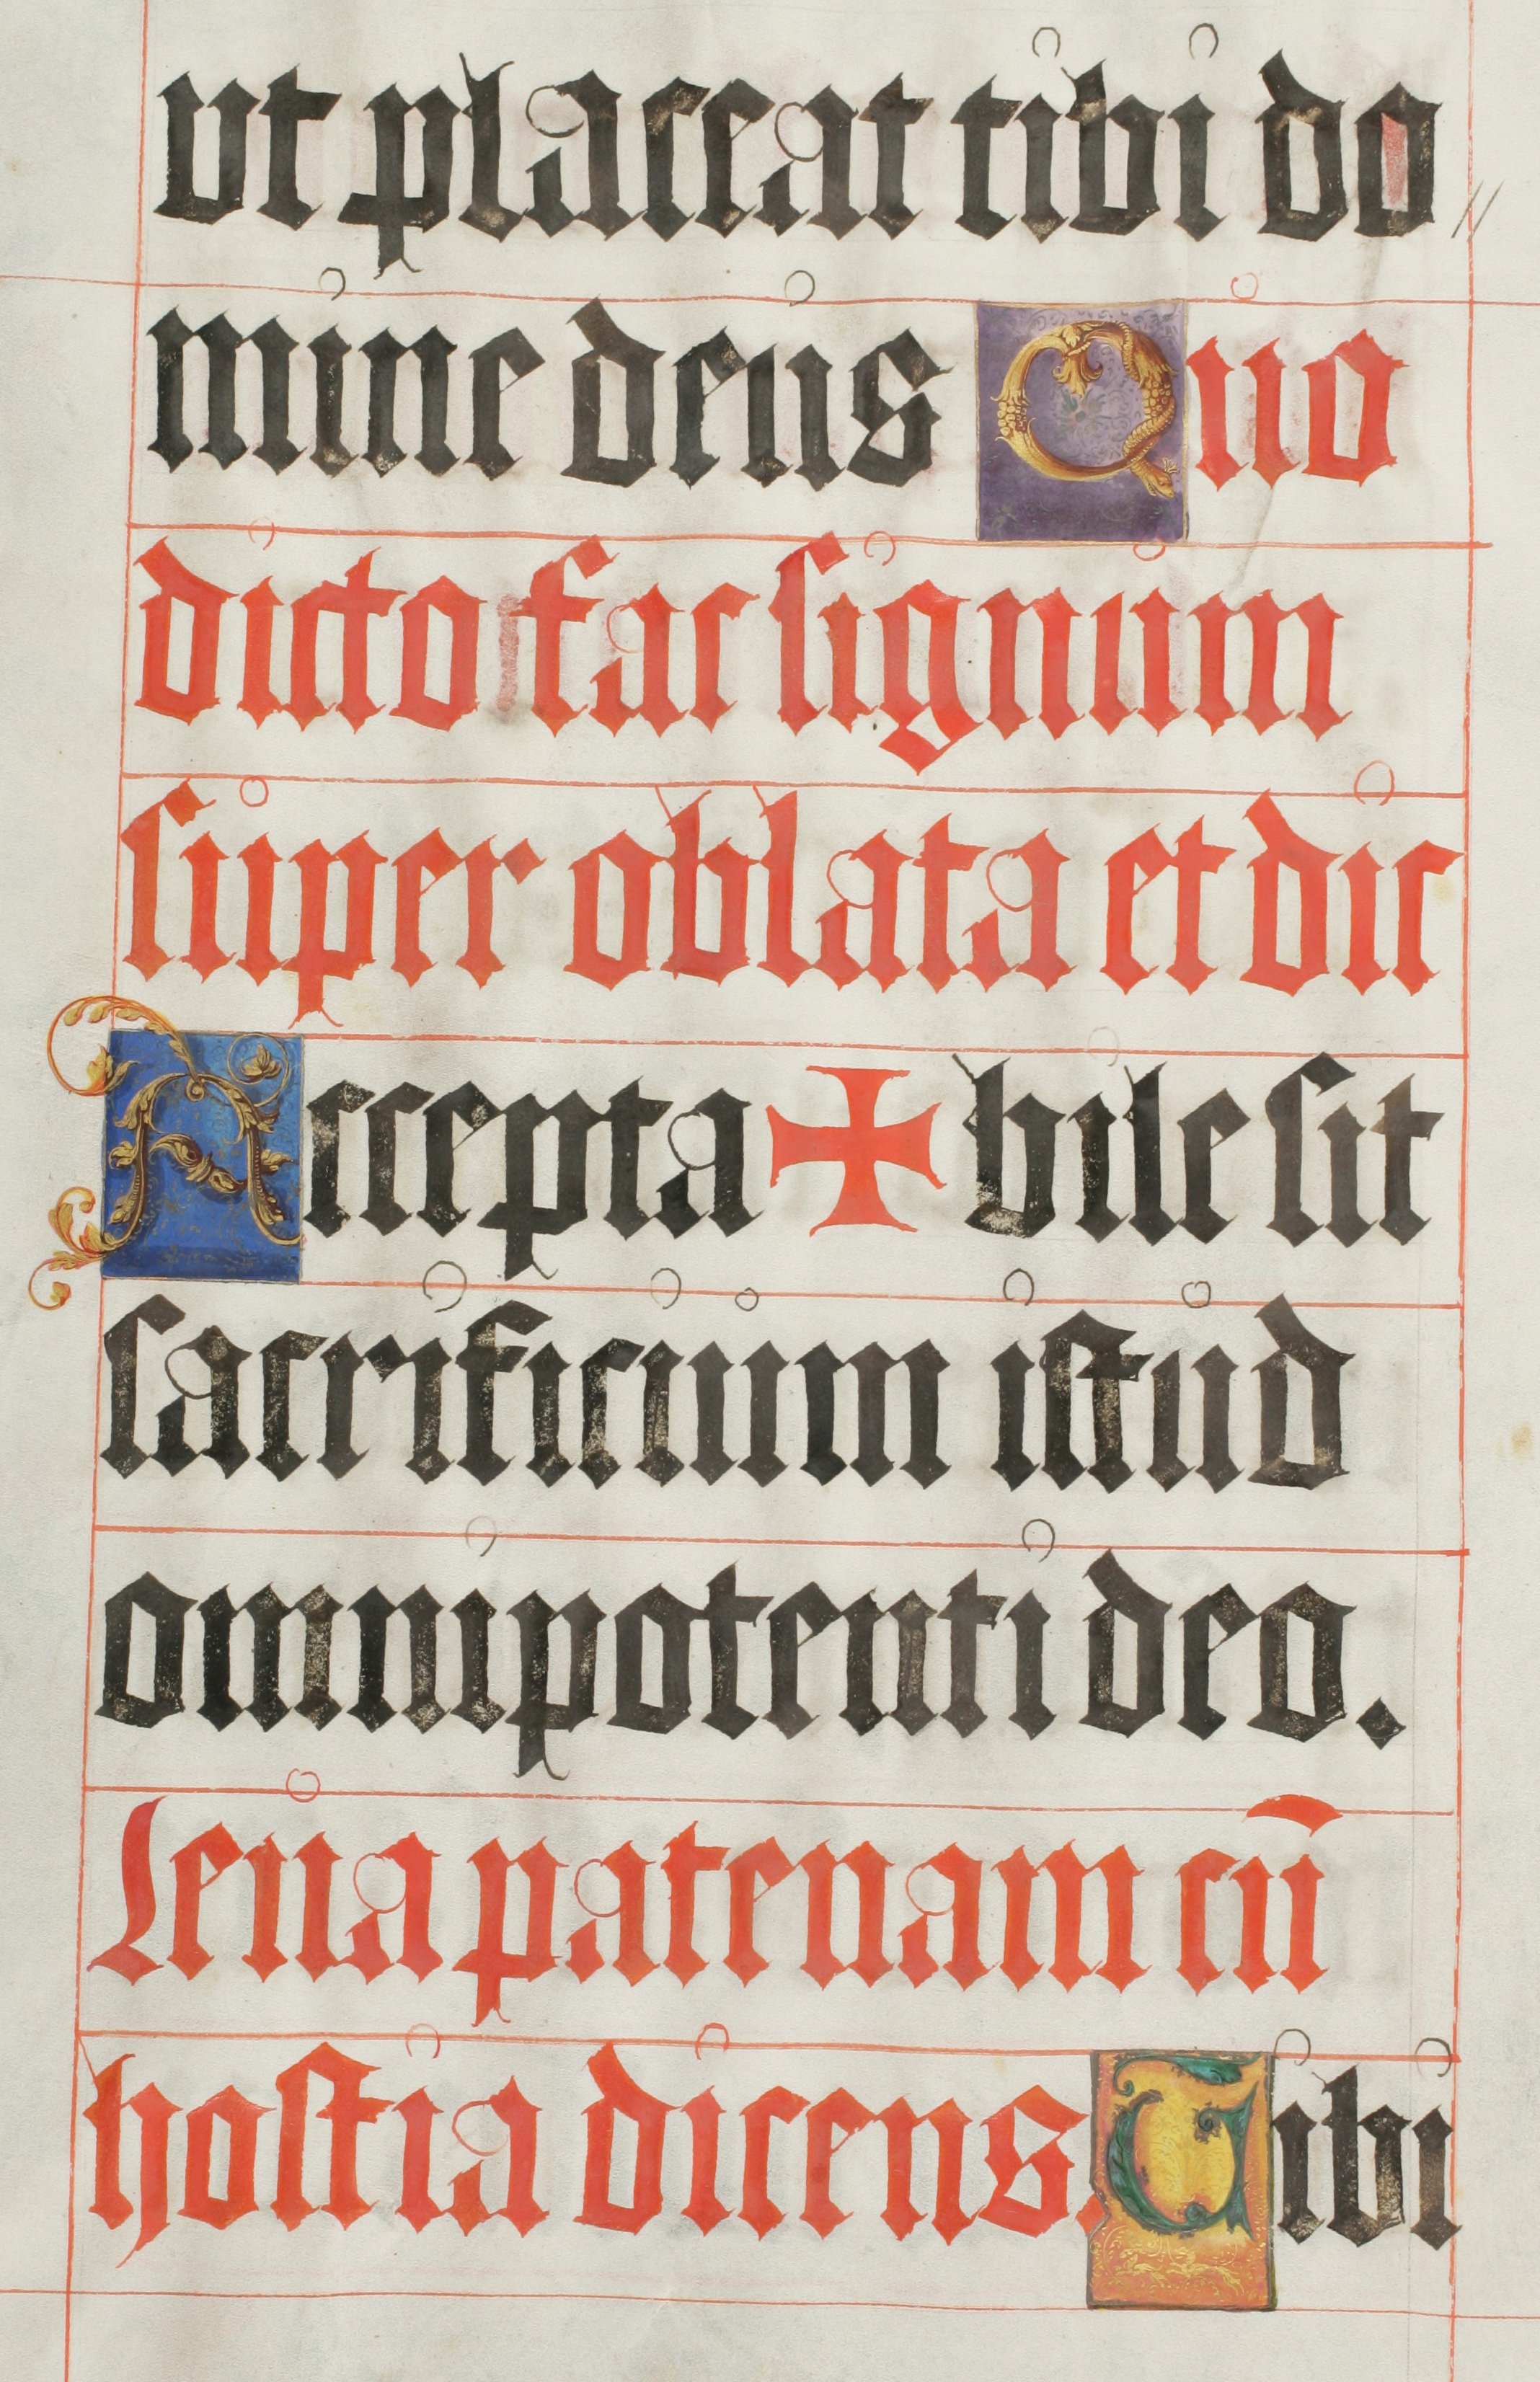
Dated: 1500–1599